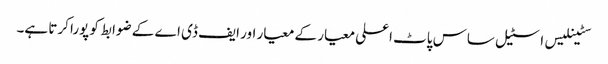
سٹینلیس اسٹیل ساس پاٹ اعلی معیار کے معیار اور ایف ڈی اے کے ضوابط کو پورا کرتا ہے۔